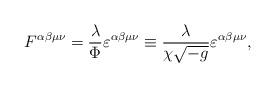
LaTeX: \begin{align*}F^{\alpha\beta\mu\nu}=\frac{\lambda}{\Phi}\varepsilon^{\alpha\beta\mu\nu}\equiv\frac{\lambda}{\chi\sqrt{-g}}\varepsilon^{\alpha\beta\mu\nu} , \end{align*}